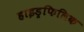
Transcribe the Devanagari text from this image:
हाइड्रफिलिक